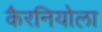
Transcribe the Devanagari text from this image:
कैरनियोला